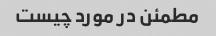
مطمئن در مورد چیست